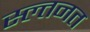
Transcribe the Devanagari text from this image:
स्ल्तनत